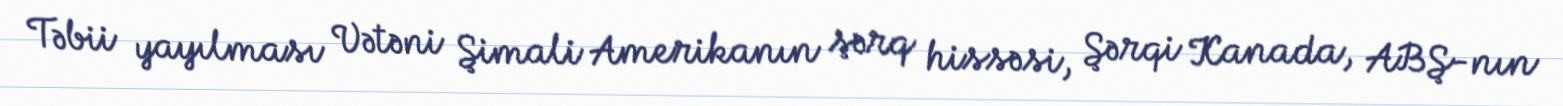
Təbii yayılması Vətəni Şimali Amerikanın şərq hissəsi, Şərqi Kanada, ABŞ-nın